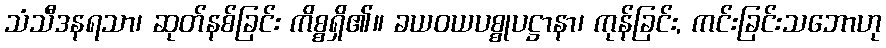
သံသီဒနရသာ၊ ဆုတ်နစ်ခြင်း ကိစ္စရှိ၏။ ခယဝယပစ္စုပဋ္ဌာနာ၊ ကုန်ခြင်း, ကင်းခြင်းသဘောဟု